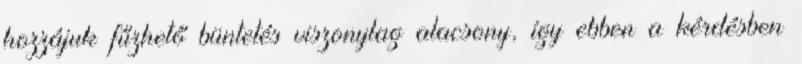
hozzájuk fűzhető büntetés viszonylag alacsony, így ebben a kérdésben